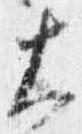
大